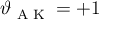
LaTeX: \vartheta _ { \textrm { A K } } = + 1